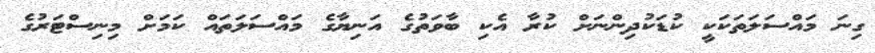
ގިނަ މައްސަލަތަކަކީ ކުޑަކުދިންނަށް ކުރާ އެކި ބާވަތުގެ އަނިޔާގެ މައްސަލަތައް ކަމަށް މިނިސްޓަރުގެ